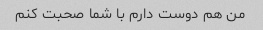
من هم دوست دارم با شما صحبت کنم